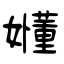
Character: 嬞